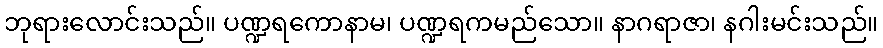
ဘုရားလောင်းသည်။ ပဏ္ဍရကောနာမ၊ ပဏ္ဍရကမည်သော။ နာဂရာဇာ၊ နဂါးမင်းသည်။